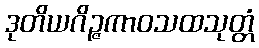
ဒုတိယဂိဉ္ဇကာဝသထသုတ္တံ